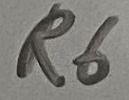
Text: R6